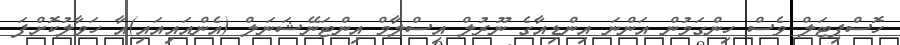
ހޮސްޕިޓަލް ވެސް ހިންގަމުން އަންނަ އިންޑިއާގެ ނޫރުލް އިސްލާމް އިންޓަނޭޝަނަލް (އެންއައިއައި)އާ ހަވާލުކޮށްފަ